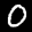
Label: 0